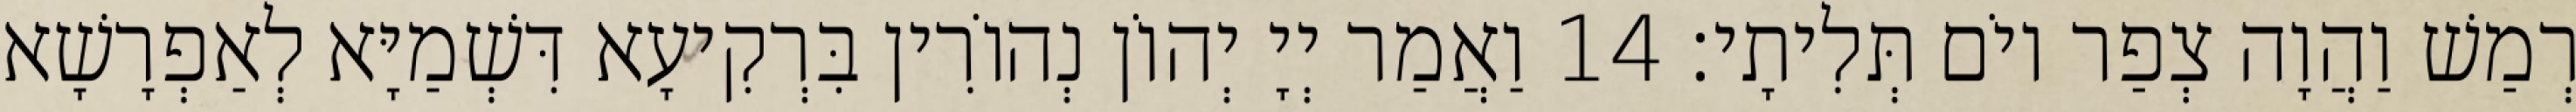
רְמַשׁ וַהֲוָה צְפַר יוֹם תְּלִיתָי׃ 14 וַאֲמַר יְיָ יְהוֹן נְהוֹרִין בִּרְקִיעָא דִּשְׁמַיָּא לְאַפְרָשָׁא